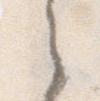
之